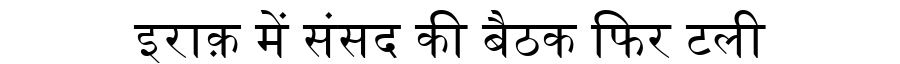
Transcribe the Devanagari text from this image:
इराक़ में संसद की बैठक फिर टली